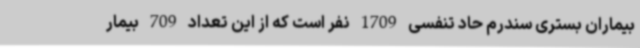
بیماران بستری سندرم حاد تنفسی 1709 نفر است که از این تعداد 709 بیمار